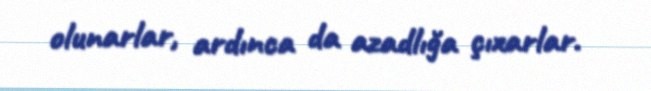
olunarlar, ardınca da azadlığa çıxarlar.